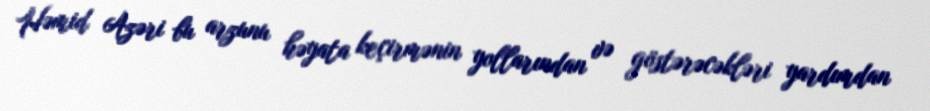
Həmid Azəri bu arzunu həyata keçirmənin yollarından və göstərəcəkləri yardımdan